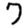
Digit: 7